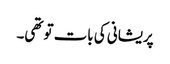
پریشانی کی بات تو تھی۔